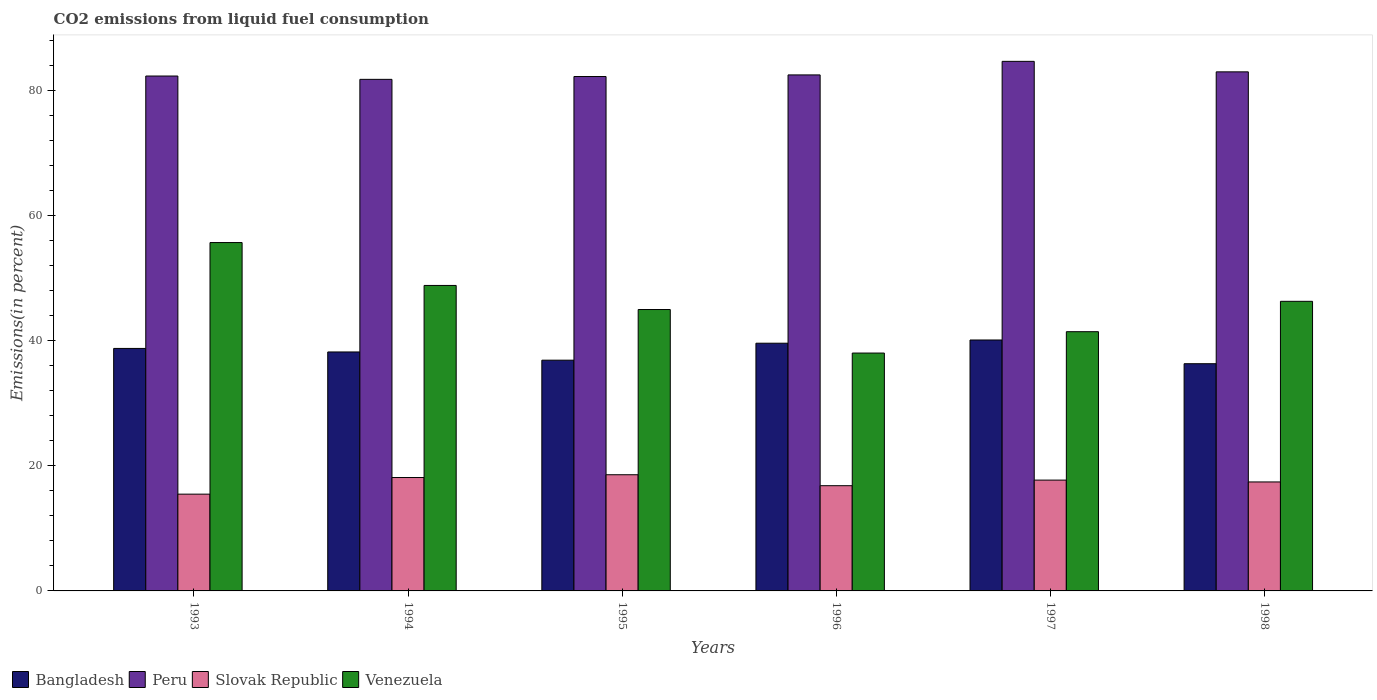
| Years | Bangladesh | Peru | Slovak Republic | Venezuela |
 | --- | --- | --- | --- | --- |
 | 1993 | 38.8 | 82.3 | 15.5 | 55.7 |
 | 1994 | 38.2 | 81.8 | 18.1 | 48.9 |
 | 1995 | 36.9 | 82.3 | 18.6 | 45 |
 | 1996 | 39.6 | 82.5 | 16.8 | 38 |
 | 1997 | 40.1 | 84.7 | 17.7 | 41.5 |
 | 1998 | 36.3 | 83 | 17.4 | 46.3 |